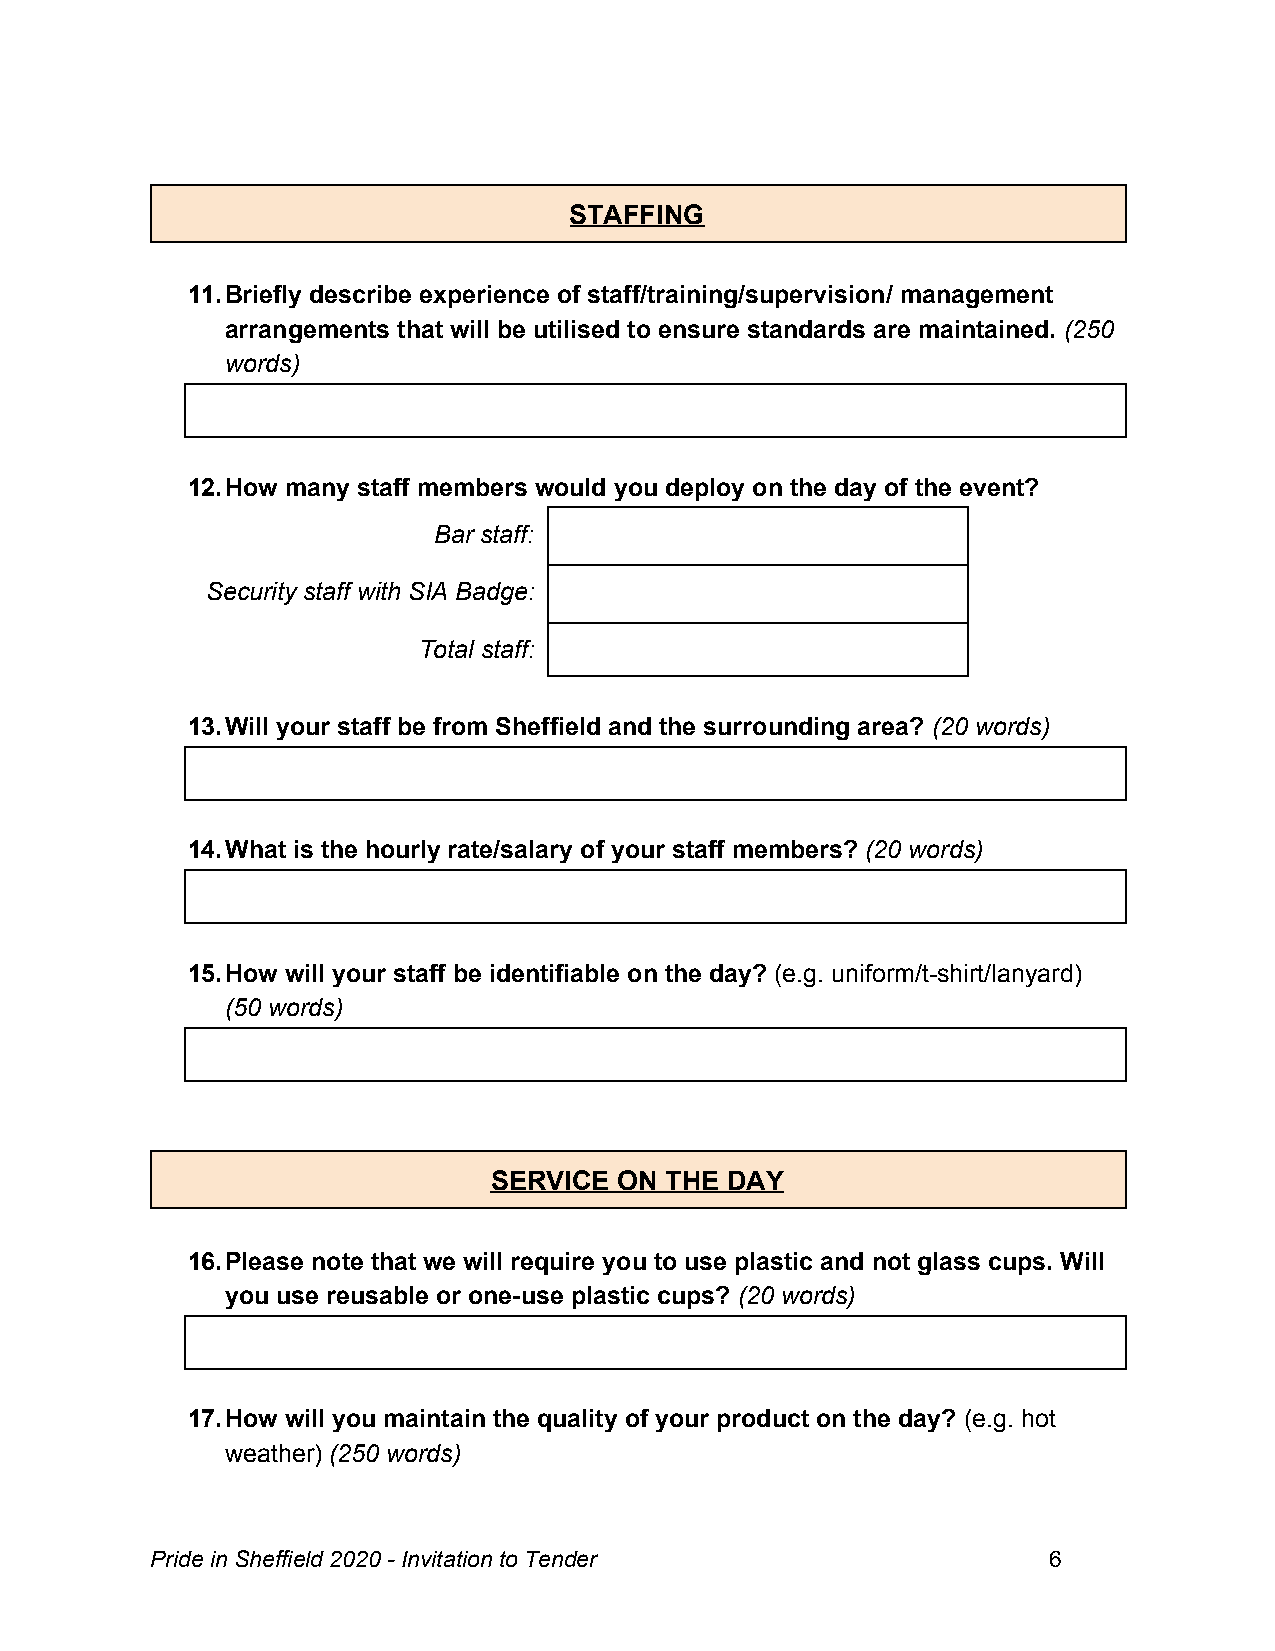
STAFFING
 11.Briefly describe experience of staff/training/supervision/ management
 arrangements that will be utilised to ensure standards are maintained. (250
 ​ ​
 words)
 12.How many staff members would you deploy on the day of the event?
 Bar staff:
 Security staff with SIA Badge:
 Total staff:
 13.Will your staff be from Sheffield and the surrounding area? (20 words)
 ​ ​
 14.What is the hourly rate/salary of your staff members? (20 words)
 ​
 15.How will your staff be identifiable on the day? (e.g. uniform/t-shirt/lanyard)
 ​
 (50 words)
 SERVICE  ON THE DAY
 16.Please note that we will require you to use plastic and not glass cups. Will
 you use reusable or one-use plastic cups? (20 words)
 ​ ​
 17.How will you maintain the quality of your product on the day? (e.g. hot
 ​
 weather) (250 words)
 ​
 Pride in Sheffield 2020 - Invitation to Tender             6
 ​